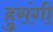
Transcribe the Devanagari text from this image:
हुसंगी